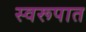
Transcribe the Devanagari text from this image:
स्‍वरूपात